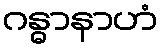
ဂန္ဓာနာဟံ